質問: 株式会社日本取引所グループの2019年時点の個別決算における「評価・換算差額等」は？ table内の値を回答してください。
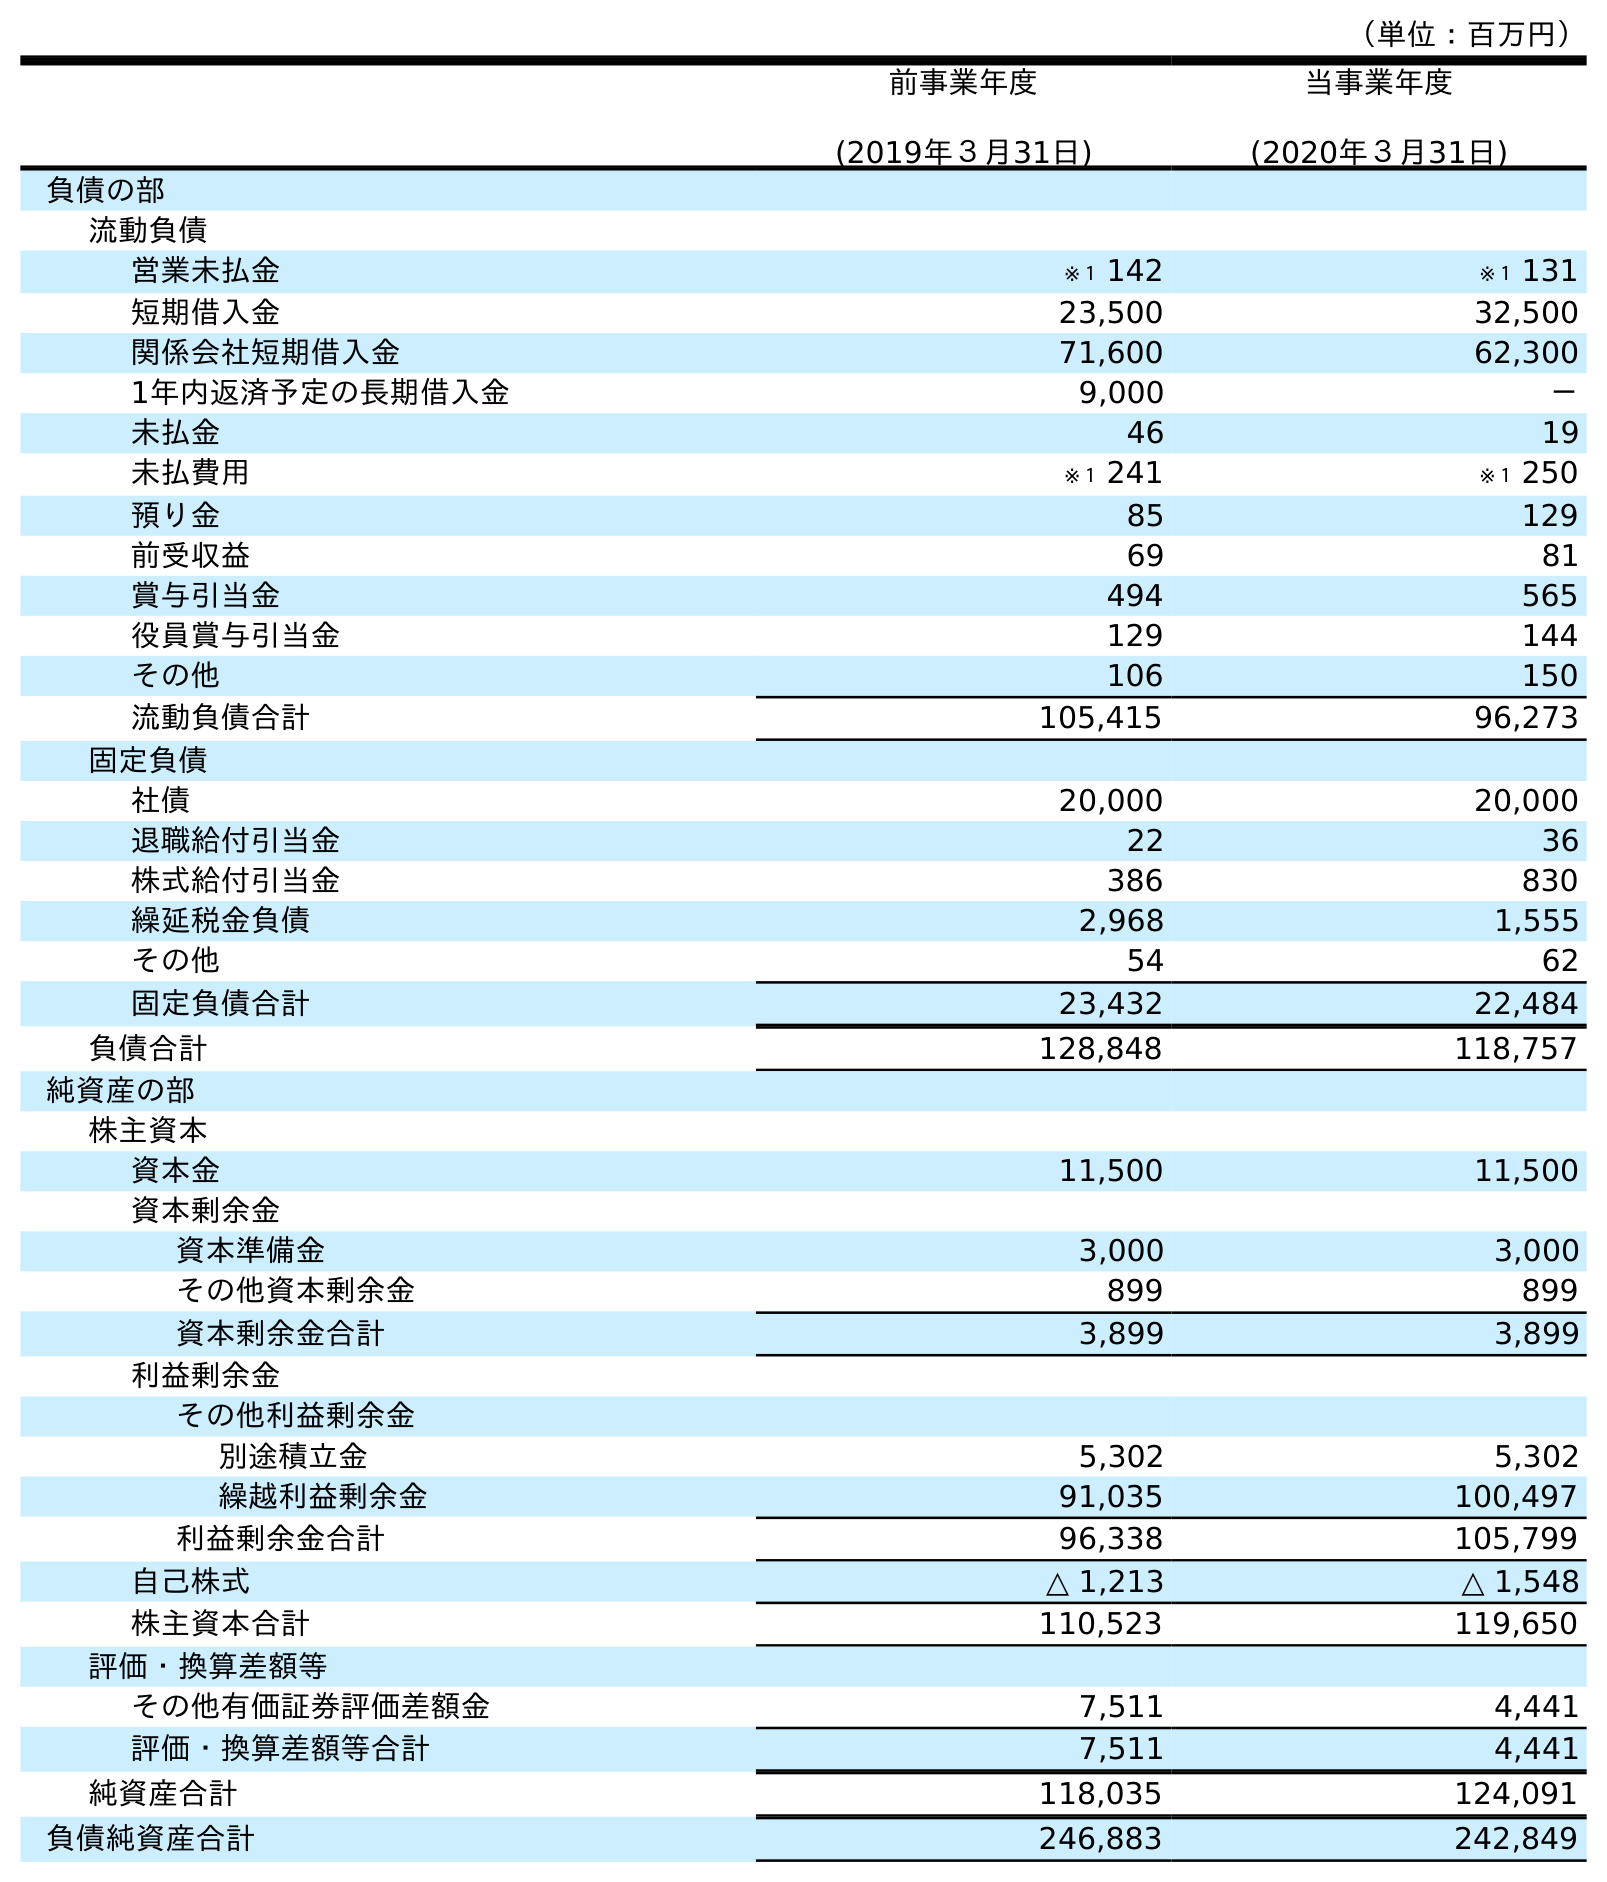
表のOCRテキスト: （単位：百万円） 前事業年度 (2019年３月31日) 当事業年度 (2020年３月31日) 負債の部 流動負債 営業未払金 ※１ 142 ※１ 131 短期借入金 23,500 32,500 関係会社短期借入金 71,600 62,300 1年内返済予定の長期借入金 9,000 － 未払金 46 19 未払費用 ※１ 241 ※１ 250 預り金 85 129 前受収益 69 81 賞与引当金 494 565 役員賞与引当金 129 144 その他 106 150 流動負債合計 105,415 96,273 固定負債 社債 20,000 20,000 退職給付引当金 22 36 株式給付引当金 386 830 繰延税金負債 2,968 1,555 その他 54 62 固定負債合計 23,432 22,484 負債合計 128,848 118,757 純資産の部 株主資本 資本金 11,500 11,500 資本剰余金 資本準備金 3,000 3,000 その他資本剰余金 899 899 資本剰余金合計 3,899 3,899 利益剰余金 その他利益剰余金 別途積立金 5,302 5,302 繰越利益剰余金 91,035 100,497 利益剰余金合計 96,338 105,799 自己株式 △ 1,213 △ 1,548 株主資本合計 110,523 119,650 評価・換算差額等 その他有価証券評価差額金 7,511 4,441 評価・換算差額等合計 7,511 4,441 純資産合計 118,035 124,091 負債純資産合計 246,883 242,849
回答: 7,511